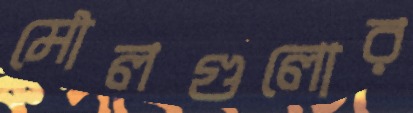
মৌলগুলোর